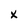
Character: X